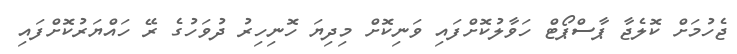
ޖެހުމަށް ކޮލެޖާ ޕާސްޕޯޓް ހަވާލުކޮށްފައި ވަނިކޮށް މިދިޔަ ހޮނިހިރު ދުވަހުގެ ރޭ ހައްޔަރުކޮށްފައި